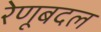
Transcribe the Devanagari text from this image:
रेणूबदल